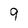
Character: 9